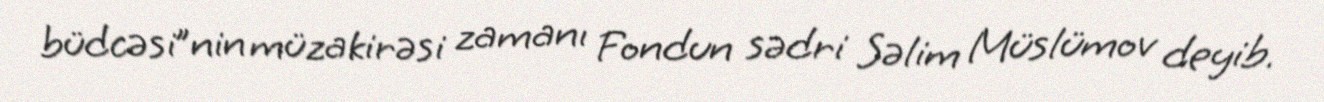
büdcəsi”nin müzakirəsi zamanı Fondun sədri Səlim Müslümov deyib.